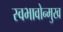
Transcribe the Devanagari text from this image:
स्वभावोन्मुख